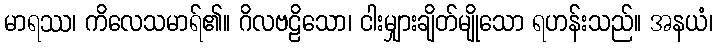
မာရဿ၊ ကိလေသမာရ်၏။ ဂိလဗဠိသော၊ ငါးမျှားချိတ်မျိုသော ရဟန်းသည်။ အနယံ၊